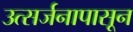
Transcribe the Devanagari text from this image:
उत्सर्जनापासून